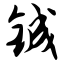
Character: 铖